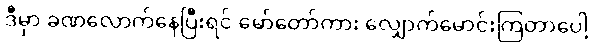
ဒီမှာ ခဏလောက်နေပြီးရင် မော်တော်ကား လျှောက်မောင်းကြတာပေါ့